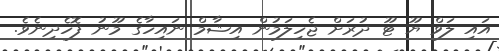
އައި ލަވް ޔޫ ޓޫ ދުރަށް ޖެހިލަމުން އިޝާމް ނައިހާގެ މޫނު ފޮހެދިނެވެ.